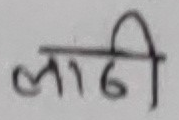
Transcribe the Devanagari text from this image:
लाठी